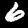
Digit: 6